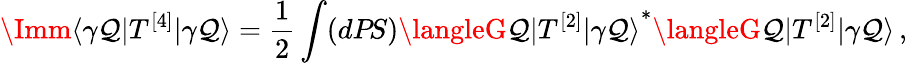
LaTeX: \Imm\langle\gamma\mathcal{Q}|T^{[4]}|\gamma\mathcal{Q}\rangle=\frac{{1}}{{2}}\int(dP\! S){\langleG\mathcal{Q}|T^{[2]}|\gamma\mathcal{Q}\rangle}^{*}\langleG\mathcal{Q}|T^{[2]}|\gamma\mathcal{Q}\rangle\, ,